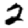
Digit: 2